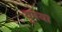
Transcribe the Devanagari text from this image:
वुपया